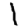
Digit: 1